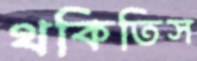
থকিতিস